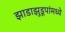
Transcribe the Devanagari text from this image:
झाडाझुडूपांमध्ये